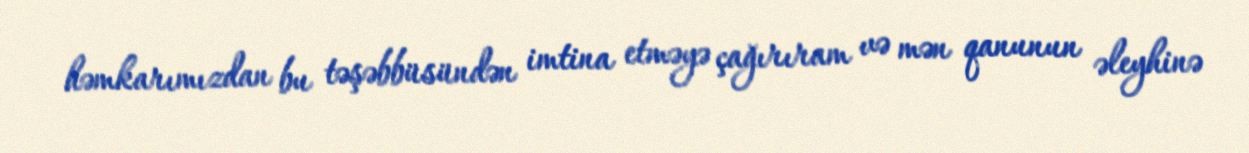
həmkarımızdan bu təşəbbüsündən imtina etməyə çağırıram və mən qanunun əleyhinə